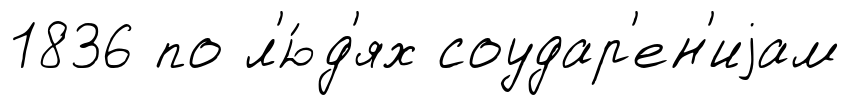
1836 по л'ю́д'ях соудар'ен'иjам